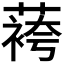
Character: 𬞔